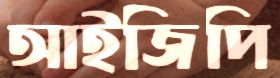
আইজিপি